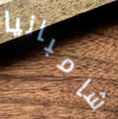
شامبانيا